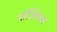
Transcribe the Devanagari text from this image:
गॉर्जियास